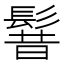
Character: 𩭡